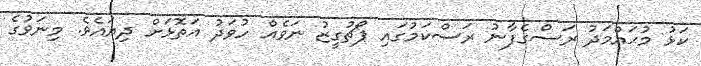
ކަޅު މުޙައްމަދު ރަސްގެފާނު ރަސްކަމުގައި ޕޯޗުގީޒު ނަވެއް ހުވަދު އަތޮޅަށް ދިޔައެވެ. މިނަވުގެ